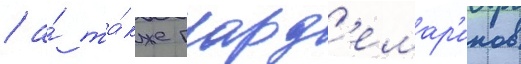
/ а́ та́кже гард'емар'инов